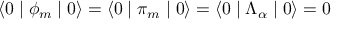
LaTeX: \langle 0 \mid \phi _ { m } \mid 0 \rangle = \langle 0 \mid \pi _ { m } \mid 0 \rangle = \langle 0 \mid \Lambda _ { \alpha } \mid 0 \rangle = 0